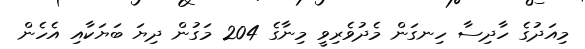
މިއަދުގެ ހާދިސާ ހިނގަން މެދުވެރިވީ މިނާގެ 204 މަގުން ދިޔަ ބަޔަކާއި އެހެން